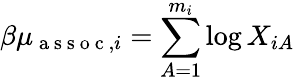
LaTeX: {\beta\mu_{\mathrm{~a~s~s~o~c~},i}=\sum_{A=1}^{m_{i}}\log X_{iA}}